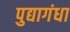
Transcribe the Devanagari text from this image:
पुद्यागंधा